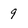
Character: 9